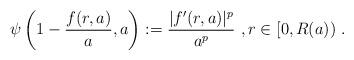
LaTeX: \begin{align*}\psi\left( 1 - \frac{f(r,a)}{a} , a\right) := \frac{|f'(r,a)|^p}{a^p}\ , r\in [0,R(a))\ . \end{align*}